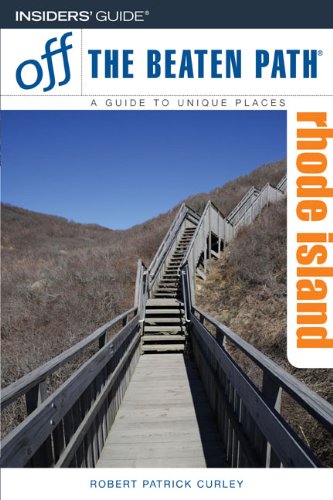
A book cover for Rhode Island Off the Beaten Path, 6th (Off the Beaten Path Series); Robert Curley; Travel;